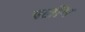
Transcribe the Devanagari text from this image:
पलौंग